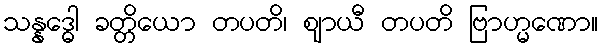
သန္နဒ္ဓေါ ခတ္တိယော တပတိ၊ ဈာယီ တပတိ ဗြာဟ္မဏော။